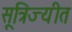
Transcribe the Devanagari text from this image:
सूत्रिज्यीत